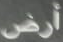
أرض